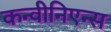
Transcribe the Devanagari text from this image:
कन्वीनिएन्स